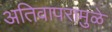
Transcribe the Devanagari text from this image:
अतिवापरामुळे